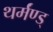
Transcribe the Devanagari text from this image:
थर्मंण्ड्